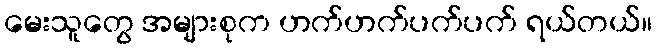
မေးသူတွေ အများစုက ဟက်ဟက်ပက်ပက် ရယ်တယ်။